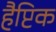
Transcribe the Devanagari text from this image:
हैप्टिक